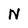
Character: N